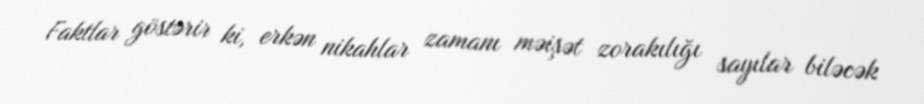
Faktlar göstərir ki, erkən nikahlar zamanı məişət zorakılığı sayılar biləcək